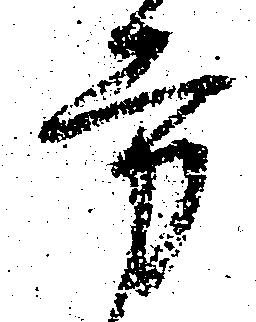
方